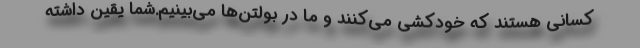
کسانی هستند که خودکشی می‌کنند و ما در بولتن‌ها می‌بینیم.شما یقین داشته